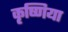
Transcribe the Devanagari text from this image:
कृष्णिया